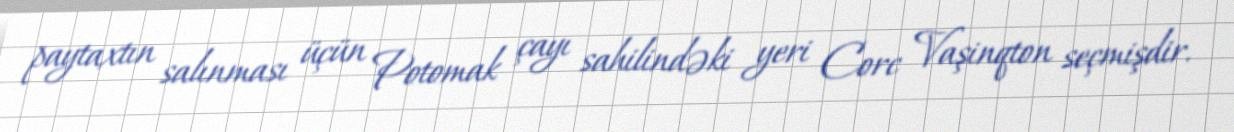
paytaxtın salınması üçün Potomak çayı sahilindəki yeri Corc Vaşinqton seçmişdir.